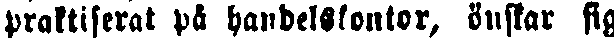
praktiserat på handelskontor, önskar sig